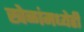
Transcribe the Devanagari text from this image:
खेळांमध्येही